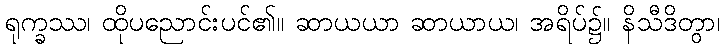
ရုက္ခဿ၊ ထိုပညောင်းပင်၏။ ဆာယယာ ဆာယာယ၊ အရိပ်၌။ နိသီဒိတွာ၊